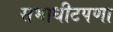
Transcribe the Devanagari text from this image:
सभाधीटपणा